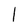
Character: l